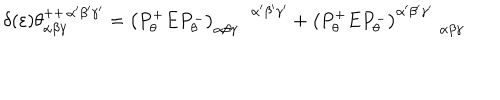
\delta ( \varepsilon ) \theta _ { \alpha \beta \gamma } ^ { + + \, \alpha ^ { \prime } \beta ^ { \prime } \gamma ^ { \prime } } = \left( P _ { \theta } ^ { + } E P _ { \theta } ^ { - } \right) _ { \alpha \beta \gamma } ^ { \, \, \, \, \, \, \, \, \, \, \, \, \alpha ^ { \prime } \beta ^ { \prime } \gamma ^ { \prime } } + \left( P _ { \theta } ^ { + } E P _ { \theta } ^ { - } \right) _ { \, \, \, \, \, \, \, \, \quad \alpha \beta \gamma } ^ { \alpha ^ { \prime } \beta ^ { \prime } \gamma ^ { \prime } }